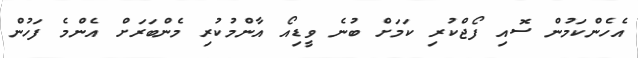
އެހެންކަމުން ސޮއި ފޯޖްކުރި ކަމަށް ބުނެ ވީޑިއޯ އާންމުކުރި މެންބަރަށް އެންމެ ފަހުން